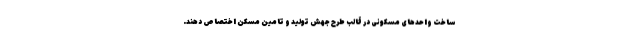
ساخت واحدهای مسکونی در قالب طرح جهش تولید و تامین مسکن اختصاص دهند.